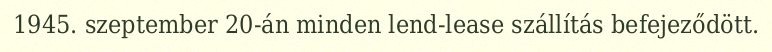
1945. szeptember 20-án minden lend-lease szállítás befejeződött.